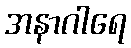
အနာဂါရေ